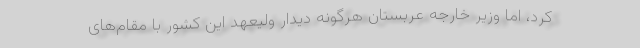
کرد، اما وزیر خارجه عربستان هرگونه دیدار ولیعهد این کشور با مقام‌‌های